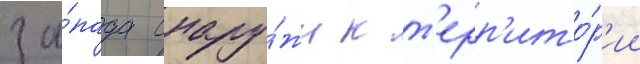
за́пада снару́жи к т'ерр'ито́р'ии